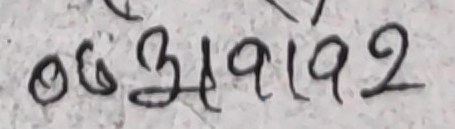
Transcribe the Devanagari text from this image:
०६३१९१९२